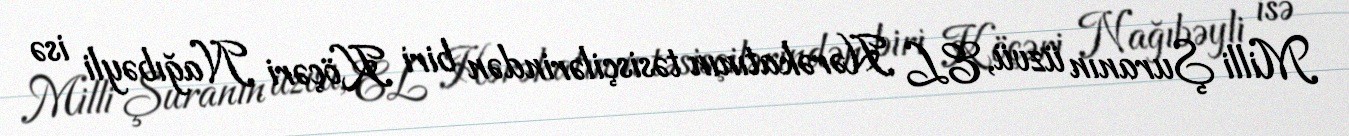
Milli Şuranın üzvü, EL Hərəkatının təsisçilərindən biri Köçəri Nağıbəyli isə